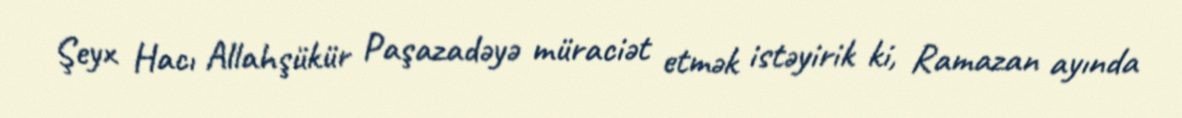
Şeyx Hacı Allahşükür Paşazadəyə müraciət etmək istəyirik ki, Ramazan ayında